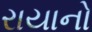
રાયાનો